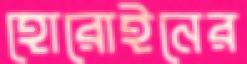
হোরোইনের